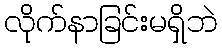
လိုက်နာခြင်းမရှိဘဲ